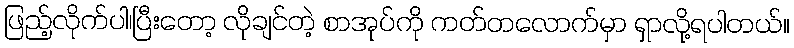
ဖြည့်လိုက်ပါ၊ပြီးတော့ လိုချင်တဲ့ စာအုပ်ကို ကတ်တလောက်မှာ ရှာလို့ရပါတယ်။